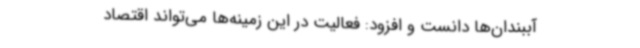
آببندان‌ها دانست و افزود: فعالیت در این زمینه‌ها می‌تواند اقتصاد